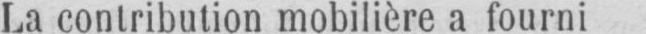
La contribution mobilière a fourni